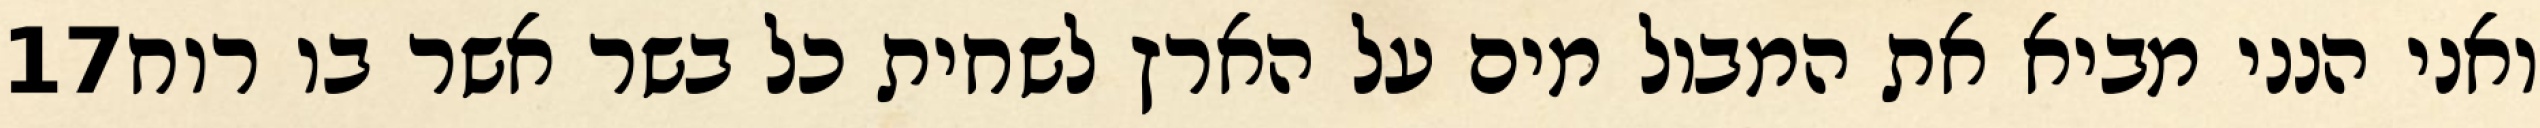
‎17‏ ואני הנני מביא את המבול מים על הארץ לשחית כל בשר אשר בו רוח